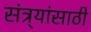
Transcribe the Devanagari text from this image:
संत्र्यांसाठी